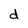
Character: d